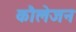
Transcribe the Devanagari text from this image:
कौलेजन